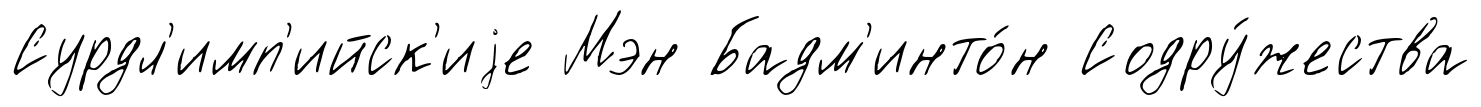
Сурдл'имп'ийск'иjе Мэн Бадм'инто́н Содру́жества